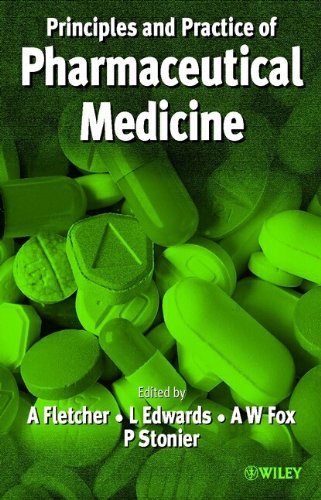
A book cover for Practice and Principles of Pharmaceutical Medicine; Andrew J. Fletcher; Medical Books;